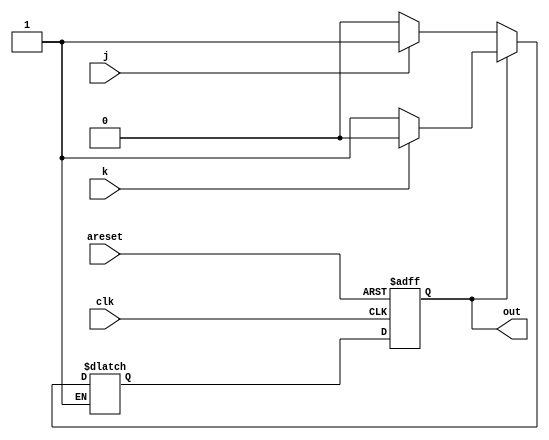
module top_module(
    input clk,
    input areset,    // Asynchronous reset to OFF
    input j,
    input k,
    output out); 

    reg y, Y;
    parameter off = 1'b0, on = 1'b1;

    always@(y, j, k)begin
        case(y)
            off:    
                if(!j)  Y = off;
                else if(j)  Y = on;
            on: 
                if(!k)  Y = on;
                else if(k)  Y = off;
        endcase
    end

    always@(posedge clk, posedge areset)begin
        if(areset)
            y <= off;
        else
            y <= Y;
    end

    assign out = (y == on);


endmodule